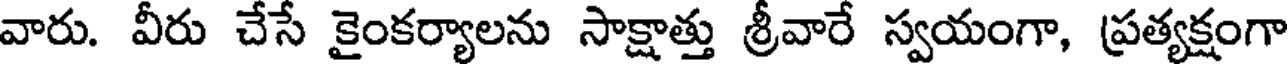
వారు. వీరు చేసే కైంకర్యాలను సాక్షాత్తు శ్రీవారే స్వయంగా, ప్రత్యక్షంగా